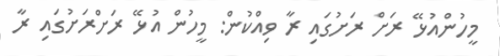
މީހުންއުޅޭ ރަށް ރަށުގައި ރާ ވިއްކުން: މީހުން އުޅޭ ރަށްރަށުގައި ރާ